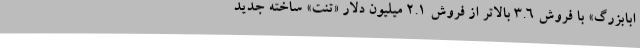
ابابزرگ» با فروش 3.6 بالاتر از فروش 2.1 میلیون دلار «تنت» ساخته جدید